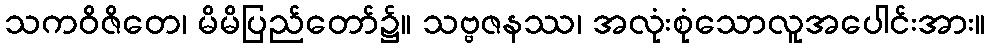
သကဝိဇိတေ၊ မိမိပြည်တော်၌။ သဗ္ဗဇနဿ၊ အလုံးစုံသောလူအပေါင်းအား။